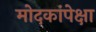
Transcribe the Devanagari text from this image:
मोदकांपेक्षा